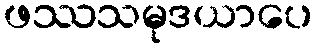
ဖဿသမုဒယာပေ